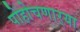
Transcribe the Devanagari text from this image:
पोहोचणार्‍या